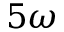
5 \omega